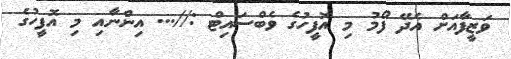
ވަޒީފާއަށް އެދޭ ފޯމު މި އޮފީހުގެ ވެބްސައިޓް ://... އިންނާއި މި އޮފީހުގެ